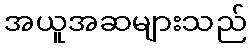
အယူအဆများသည်